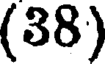
(38)